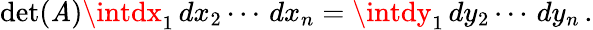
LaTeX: \operatorname*{det}(\mathit{A})\intdx_{1}\, dx_{2}\cdots\, dx_{n}=\intdy_{1}\, dy_{2}\cdots\, dy_{n}\, .